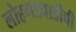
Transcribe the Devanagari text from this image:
लोहगडवाडीची